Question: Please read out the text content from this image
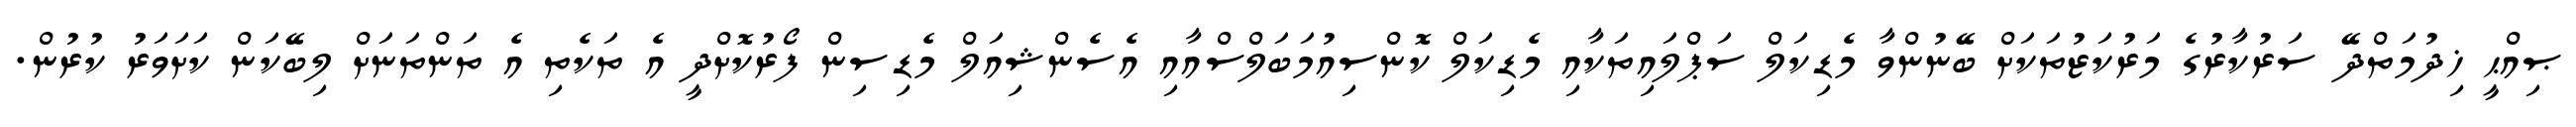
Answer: ޞިއްޙީ ޚިދުމަތްދޭ ސަރުކާރުގެ މަރުކަޒުތަކަށް ބޭނުންވާ މެޑިކަލް ސަޕްލައިތަކާއި މެޑިކަލް ކޮންސިއުމަބަލްސްއާއި އެސެންޝިއަލް މެޑިސިން ފޯރުކޮށްދީ އެ ތަކެތި އެ ތަންތަނަށް ލިބޭކަން ކަށަވަރު ކުރުން.